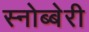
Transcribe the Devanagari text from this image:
स्नोब्बेरी